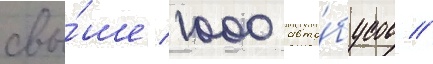
свы́ше 1000 авто́бусов //